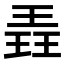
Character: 𮴡